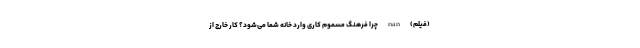
(فیلم) nan چرا فرهنگ مسموم کاری وارد خانه شما می‌شود؟ کار خارج از